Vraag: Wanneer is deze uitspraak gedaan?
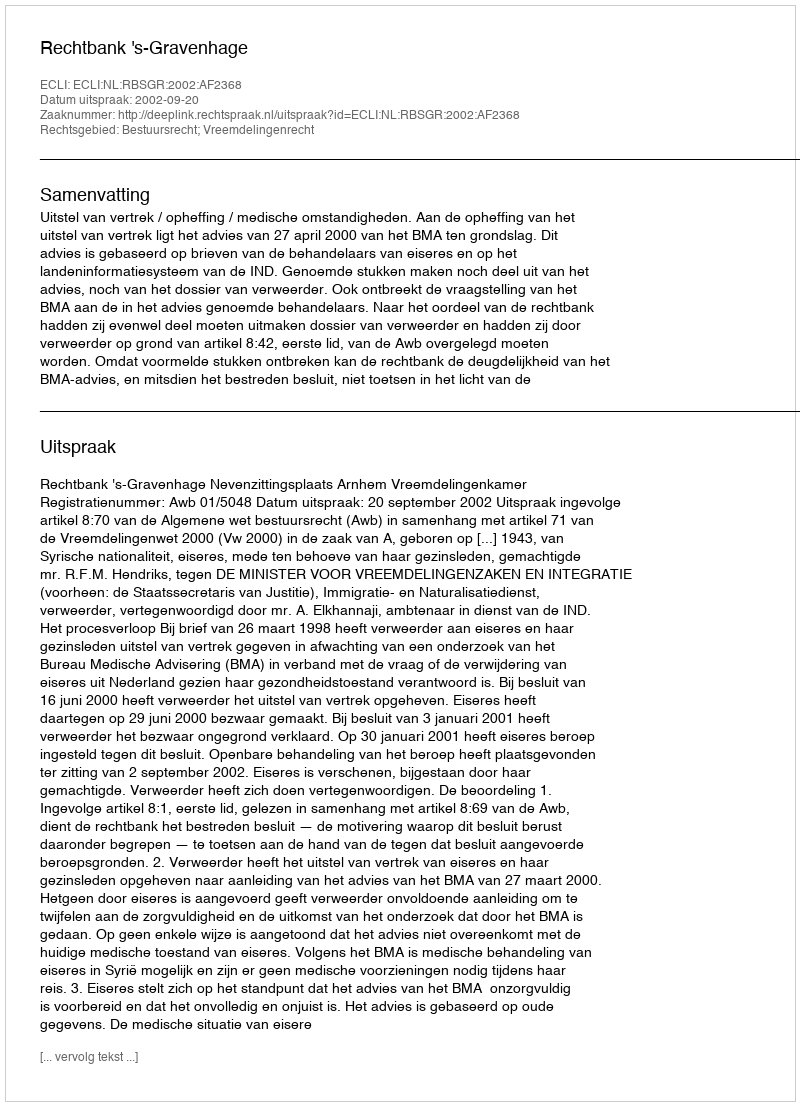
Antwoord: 2002-09-20